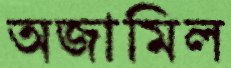
অজামিল